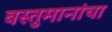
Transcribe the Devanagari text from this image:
वस्तुमानांचा